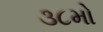
૩૮મો